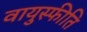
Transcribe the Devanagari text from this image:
वायुस्फीति